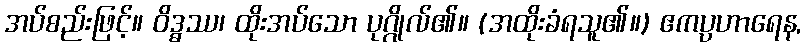
အပ်စည်းဖြင့်။ ဝိဒ္ဓဿ၊ ထိုးအပ်သော ပုဂ္ဂိုလ်၏။ (အထိုးခံရသူ၏။) ဧကပ္ပဟာရေန,